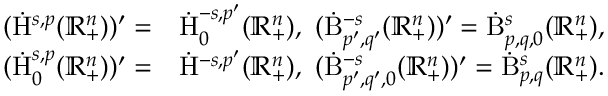
\begin{array} { r l } { ( \dot { \mathrm { H } } ^ { s , p } ( \mathbb { R } _ { + } ^ { n } ) ) ^ { \prime } = } & { \dot { \mathrm { H } } _ { 0 } ^ { - s , p ^ { \prime } } ( \mathbb { R } _ { + } ^ { n } ) \mathrm { , ~ } \, ( \dot { \mathrm { B } } _ { p ^ { \prime } , q ^ { \prime } } ^ { - s } ( \mathbb { R } _ { + } ^ { n } ) ) ^ { \prime } = \dot { \mathrm { B } } _ { p , q , 0 } ^ { s } ( \mathbb { R } _ { + } ^ { n } ) \mathrm { , ~ } } \\ { ( \dot { \mathrm { H } } _ { 0 } ^ { s , p } ( \mathbb { R } _ { + } ^ { n } ) ) ^ { \prime } = } & { \dot { \mathrm { H } } ^ { - s , p ^ { \prime } } ( \mathbb { R } _ { + } ^ { n } ) \mathrm { , ~ } \, ( \dot { \mathrm { B } } _ { p ^ { \prime } , q ^ { \prime } , 0 } ^ { - s } ( \mathbb { R } _ { + } ^ { n } ) ) ^ { \prime } = \dot { \mathrm { B } } _ { p , q } ^ { s } ( \mathbb { R } _ { + } ^ { n } ) \mathrm { . ~ } } \end{array}